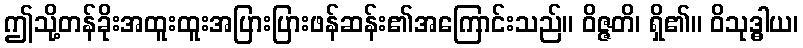
ဤသို့တန်ခိုးအထူးထူးအပြားပြားဖန်ဆန်း၏အကြောင်းသည်။ ဝိဇ္ဇတိ၊ ရှိ၏။ ဝိသုဒ္ဓါယ၊